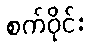
စက်ဝိုင်း